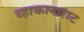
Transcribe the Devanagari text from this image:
व्हाकानाराट